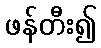
ဖန်တီး၍